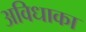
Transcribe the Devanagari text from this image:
अविधाका